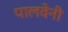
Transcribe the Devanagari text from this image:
पालवेनी